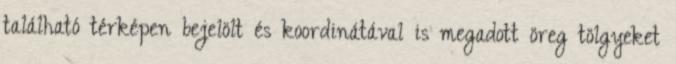
található térképen bejelölt és koordinátával is megadott öreg tölgyeket